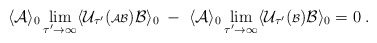
\begin{align*}\langle {\cal A} \rangle_0 \lim_{\tau^\prime \rightarrow \infty}\langle {\cal U}_{\tau^\prime} ( {\scriptstyle {\cal AB}}){\cal B} \rangle_0 \; - \; \langle {\cal A} \rangle_0\lim_{\tau^\prime \rightarrow \infty}\langle {\cal U}_{\tau^\prime} ( {\scriptstyle {\cal B}}){\cal B} \rangle_0 = 0 \; .\end{align*}